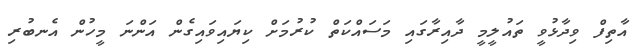
އާތިފް ވިދާޅުވީ ތައުލީމީ ދާއިރާގައި މަސައްކަތް ކުރުމަށް ކިޔައިވައިގެން އަންނަ މީހުން އެނބުރި